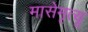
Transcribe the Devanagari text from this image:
मासेमृत्यू